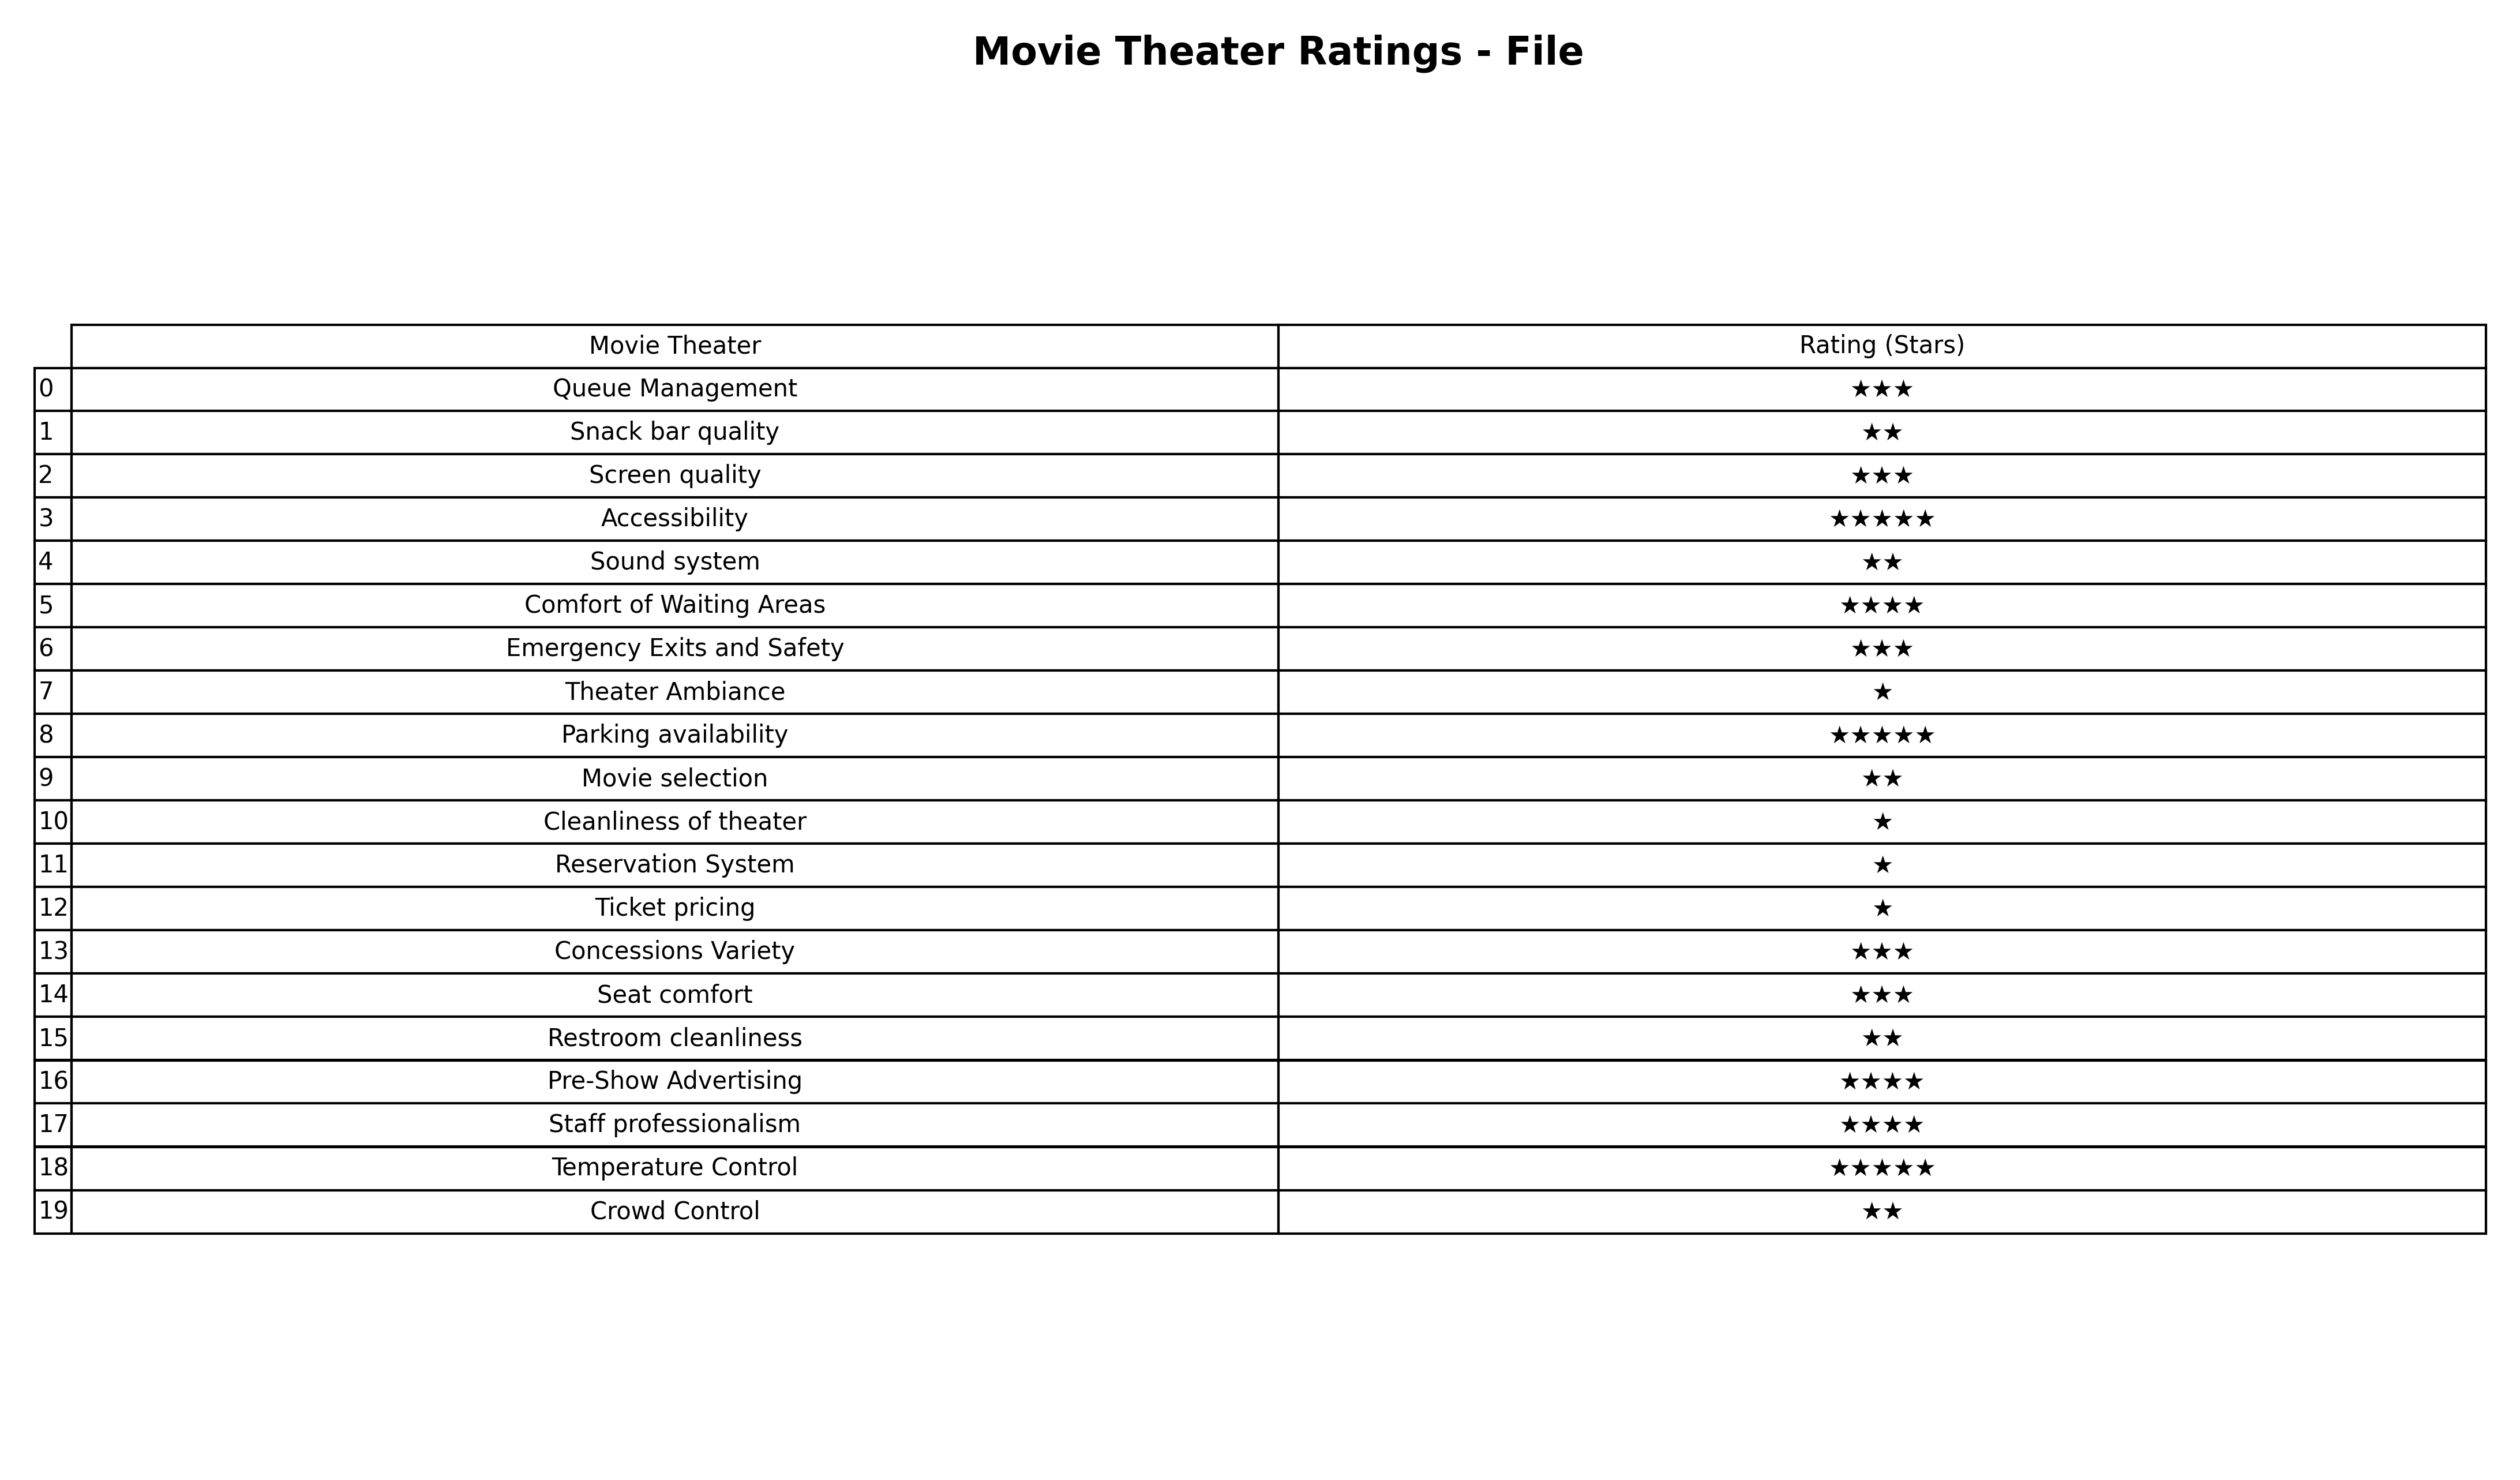
question: What are five star services?
answer: AccessibilityParking availabilityTemperature Control